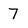
Character: 7